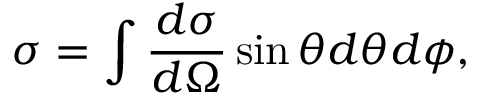
\sigma = \int \frac { d \sigma } { d \Omega } \sin \theta d \theta d \phi ,